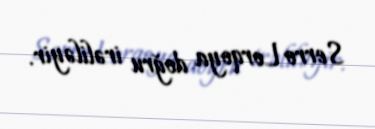
Serro Lorqoya doğru irəliləyir.